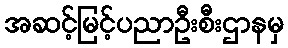
အဆင့်မြင့်ပညာဦးစီးဌာနမှ